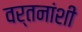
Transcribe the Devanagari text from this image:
वर्तनांशी